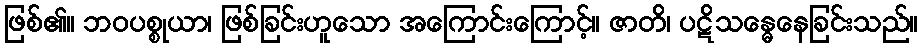
ဖြစ်၏။ ဘဝပစ္စုယာ၊ ဖြစ်ခြင်းဟူသော အကြောင်းကြောင့်။ ဇာတိ၊ ပဋိသန္ဓေနေခြင်းသည်။